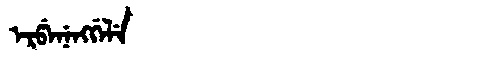
Manchu: ᡝᡵᡦᡝᠨᡝᠩᡤᡝᠯᡝ
Romanization: ERPENENGGELE